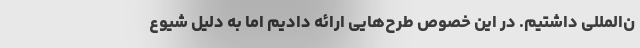
ن‌المللی داشتیم. در این خصوص طرح‌هایی ارائه دادیم اما به دلیل شیوع